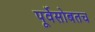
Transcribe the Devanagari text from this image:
पूर्वेसोबतच